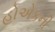
હોએકની